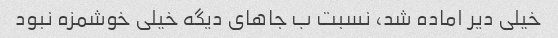
خیلی دیر اماده شد، نسبت ب جاهای دیگه خیلی خوشمزه نبود